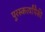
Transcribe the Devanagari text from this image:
पुरस्कर्त्यांपैकी